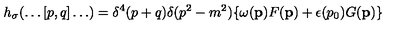
h _ { \sigma } ( \ldots [ p , q ] \ldots ) = \delta ^ { 4 } ( p + q ) \delta ( p ^ { 2 } - m ^ { 2 } ) \{ \omega ( { \bf p } ) F ( { \bf p } ) + \epsilon ( p _ { 0 } ) G ( { \bf p } ) \}